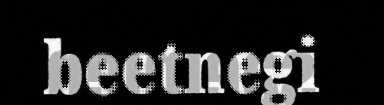
beetnegi